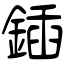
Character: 鍤